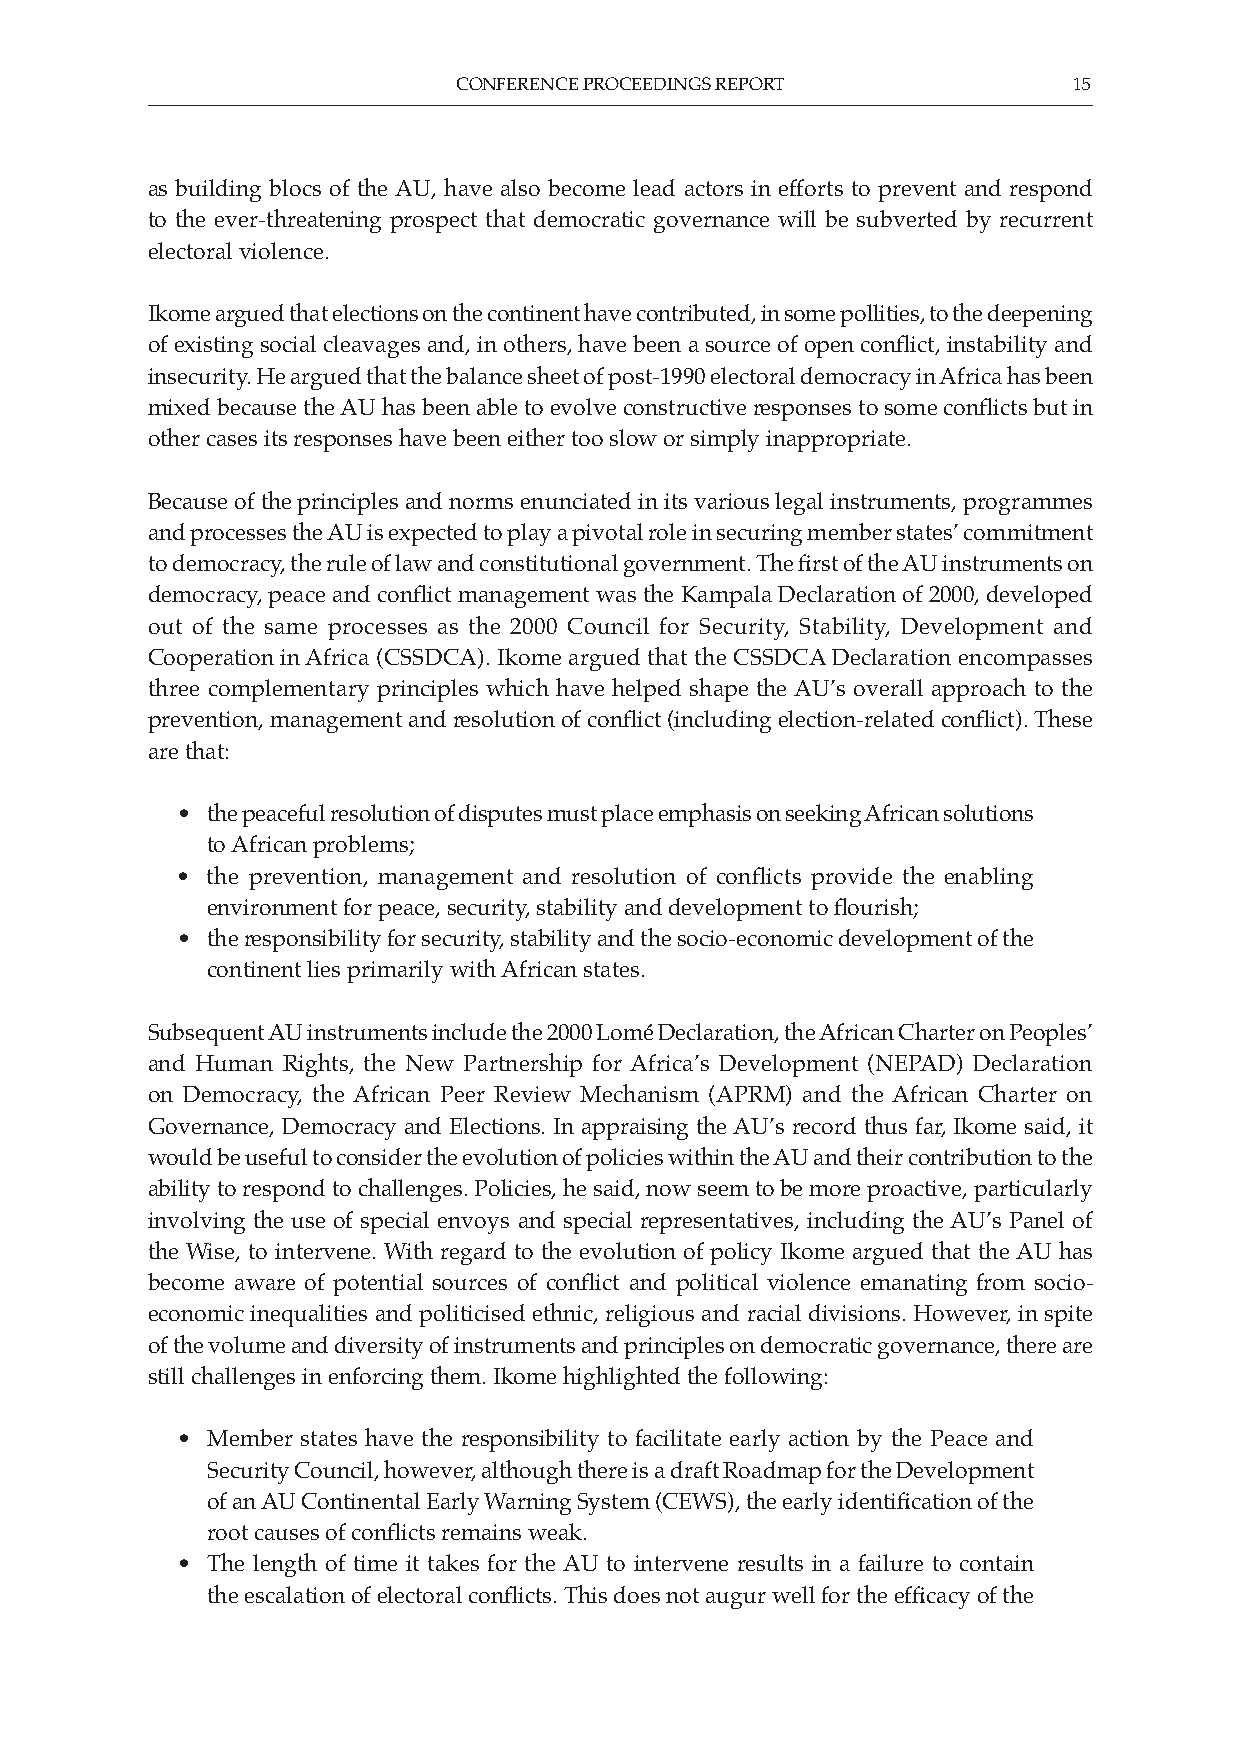
CONFERENCE PROCEEDINGS REPORT            15
 as building blocs of the AU, have also become lead actors in efforts to prevent and respond
 to the ever-threatening prospect that democratic governance will be subverted by recurrent
 electoral violence.
 Ikome argued that elections on the continent have contributed, in some pollities, to the deepening
 of existing social cleavages and, in others, have been a source of open conflict, instability and
 insecurity. He argued that the balance sheet of post-1990 electoral democracy in Africa has been
 mixed because the AU has been able to evolve constructive responses to some conflicts but in
 other cases its responses have been either too slow or simply inappropriate.
 Because of the principles and norms enunciated in its various legal instruments, programmes
 and processes the AU is expected to play a pivotal role in securing member states’ commitment
 to democracy, the rule of law and constitutional government. The first of the AU instruments on
 democracy, peace and conflict management was the Kampala Declaration of 2000, developed
 out of the same processes as the 2000 Council for Security, Stability, Development and
 Cooperation in Africa (CSSDCA). Ikome argued that the CSSDCA Declaration encom passes
 three complementary principles which have helped shape the AU’s overall approach to the
 prevention, management and resolution of conflict (including election-related conflict). These
 are that:
 • the peaceful resolution of disputes must place emphasis on seeking African solutions
 to African problems;
 • the prevention, management and resolution of conflicts provide the enabling
 environment for peace, security, stability and development to flourish;
 • the responsibility for security, stability and the socio-economic development of the
 continent lies primarily with African states.
 Subsequent AU instruments include the 2000 Lomé Declaration, the African Charter on Peoples’
 and Human Rights, the New Partnership for Africa’s Development (NEPAD) Declaration
 on Democracy, the African Peer Review Mechanism (APRM) and the African Charter on
 Governance, Democracy and Elections. In appraising the AU’s record thus far, Ikome said, it
 would be useful to consider the evolution of policies within the AU and their contribution to the
 ability to respond to challenges. Policies, he said, now seem to be more proactive, particularly
 involving the use of special envoys and special representatives, including the AU’s Panel of
 the Wise, to intervene. With regard to the evolution of policy Ikome argued that the AU has
 become aware of potential sources of conflict and political violence emanating from socio-
 economic inequalities and politicised ethnic, religious and racial divisions. However, in spite
 of the volume and diversity of instruments and principles on democratic governance, there are
 still challenges in enforcing them. Ikome highlighted the following:
 • Member states have the responsibility to facilitate early action by the Peace and
 Security Council, however, although there is a draft Roadmap for the Development
 of an AU Continental Early Warning System (CEWS), the early identification of the
 root causes of conflicts remains weak.
 • The length of time it takes for the AU to intervene results in a failure to contain
 the escalation of electoral conflicts. This does not augur well for the efficacy of the